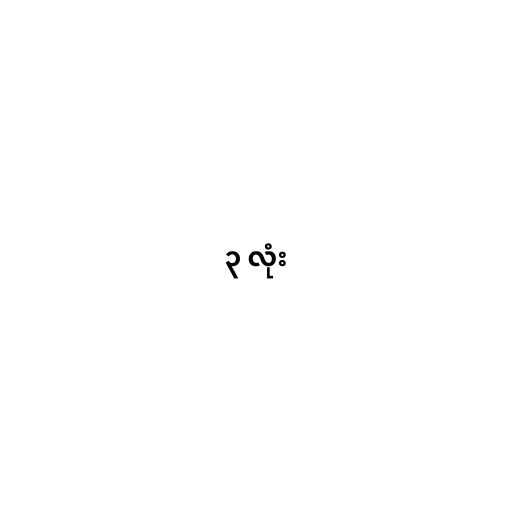
၃ လုံး